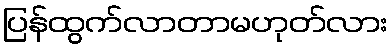
ပြန်ထွက်လာတာမဟုတ်လား